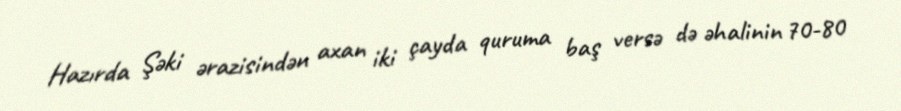
Hazırda Şəki ərazisindən axan iki çayda quruma baş versə də əhalinin 70-80